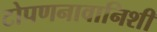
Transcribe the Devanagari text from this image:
टोपणनावानिशी